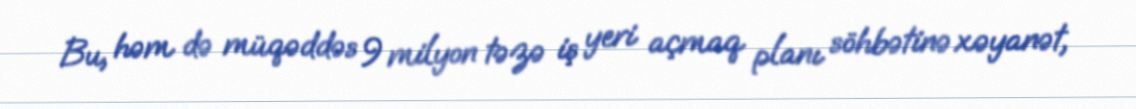
Bu, həm də müqəddəs 9 milyon təzə iş yeri açmaq planı söhbətinə xəyanət,